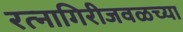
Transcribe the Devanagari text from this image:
रत्‍नागिरीजवळच्या